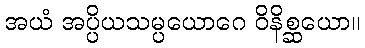
အယံ အပ္ပိယသမ္ပယောဂေ ဝိနိစ္ဆယော။